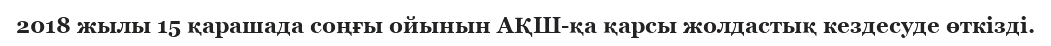
2018 жылы 15 қарашада соңғы ойынын АҚШ-қа қарсы жолдастық кездесуде өткізді.